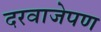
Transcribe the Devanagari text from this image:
दरवाजेपण